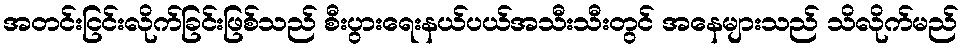
အတင်းငြင်းလိုက်ခြင်းဖြစ်သည် စီးပွားရေးနယ်ပယ်အသီးသီးတွင် အနေများသည် သိလိုက်မည်